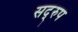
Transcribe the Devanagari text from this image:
सद्‌रुप